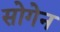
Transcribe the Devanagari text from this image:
सोगेन